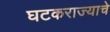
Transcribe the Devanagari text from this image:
घटकराज्याचे